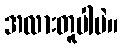
အလားတူပါပဲ။